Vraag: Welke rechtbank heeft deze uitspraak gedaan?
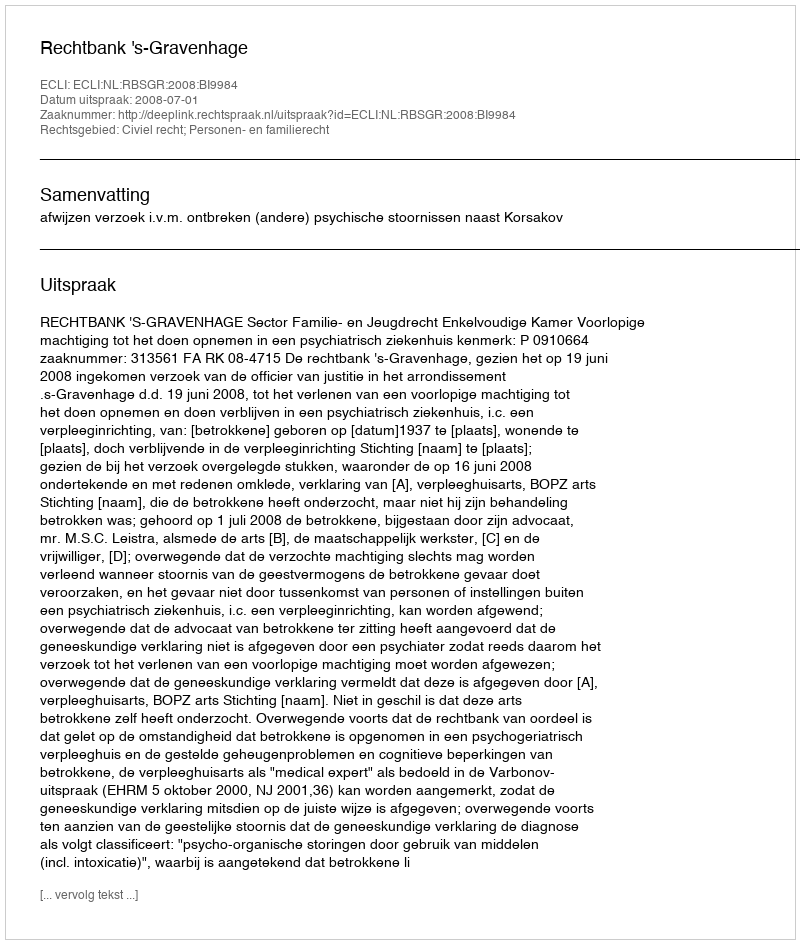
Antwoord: Rechtbank 's-Gravenhage